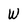
Character: W